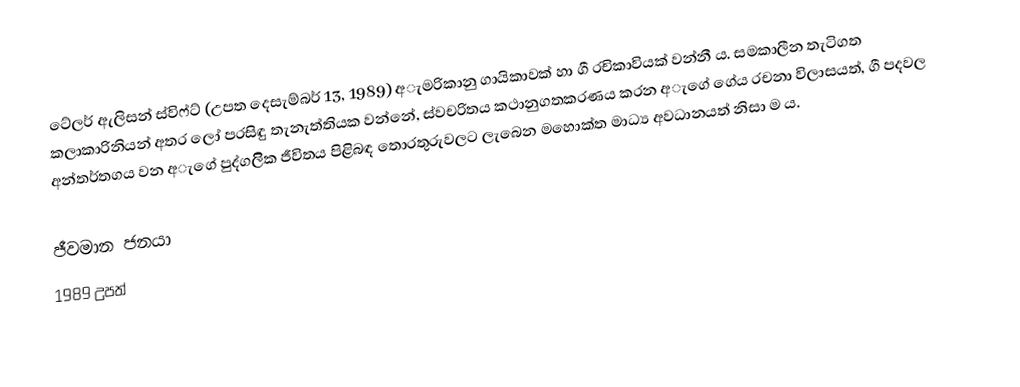
ටේලර් ඇලිසන් ස්විෆ්ට් (උපත දෙසැම්බර් 13, 1989) අැමරිකානු ගායිකාවක් හා ගී රචිකාවියක් වන්නී ය. සමකාලීන තැටිගත කලාකාරිනියන් අතර ලෝ පරසිඳු තැනැත්තියක වන්නේ, ස්වචරිතය කථානුගතකරණය කරන අැගේ ගේය රචනා විලාසයත්, ගී පදවල අන්තර්තගය වන අැගේ පුද්ගලිික ජීවිතය පිළිබඳ තොරතුරුවලට ලැබෙන මහොක්ත මාධ්‍ය අවධානයත් නිසා ම ය.

ජීවමාන ජනයා
1989 උපත්